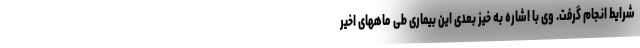
شرایط انجام گرفت. وی با اشاره به خیز بعدی این بیماری طی ماههای اخیر